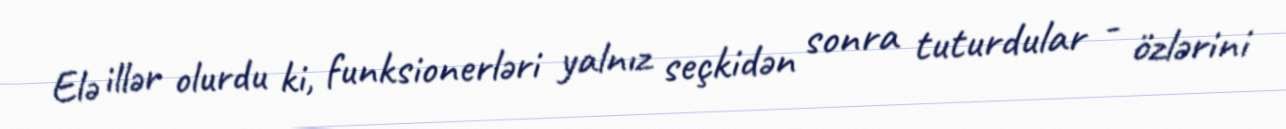
Elə illər olurdu ki, funksionerləri yalnız seçkidən sonra tuturdular - özlərini